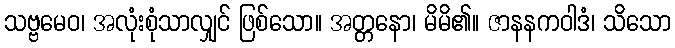
သဗ္ဗမေဝ၊ အလုံးစုံသာလျှင် ဖြစ်သော။ အတ္တနော၊ မိမိ၏။ ဇာနနကဝါဒံ၊ သိသော